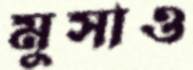
মুসাও